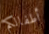
أطفالكم